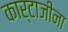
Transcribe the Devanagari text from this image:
कार्टाजीना